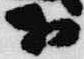
於